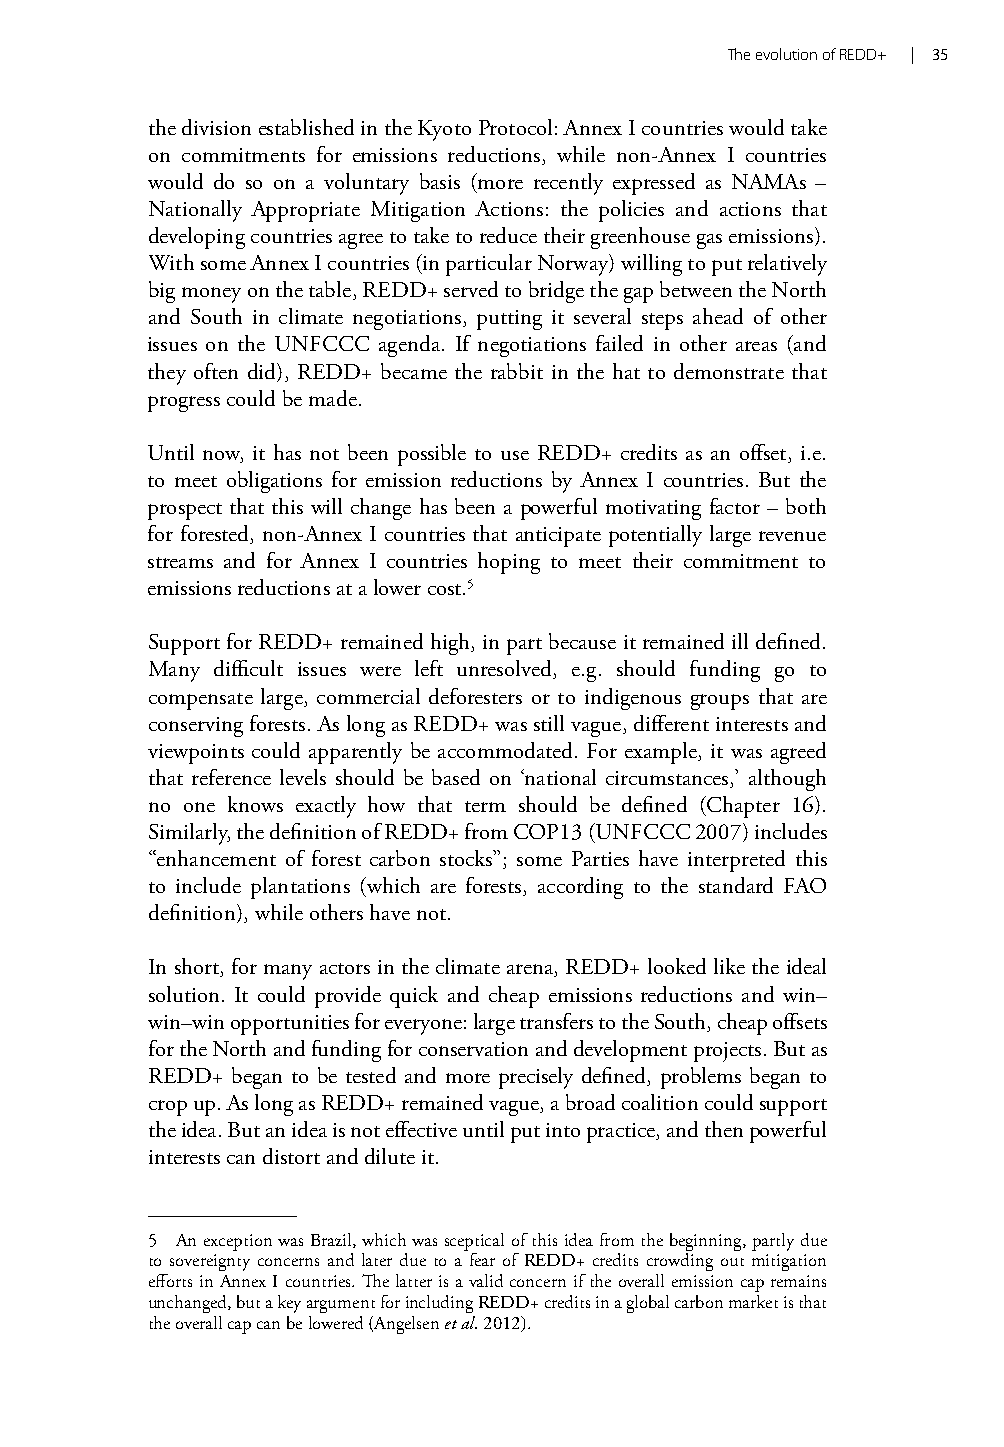
The evolution of REDD+ | 35
 the division established in the Kyoto Protocol: Annex I countries would take
 on commitments for emissions reductions, while non-Annex I countries
 would do so on a voluntary basis (more recently expressed as NAMAs –
 Nationally Appropriate Mitigation Actions: the policies and actions that
 developing countries agree to take to reduce their greenhouse gas emissions).
 With some Annex I countries (in particular Norway) willing to put relatively
 big money on the table, REDD+ served to bridge the gap between the North
 and South in climate negotiations, putting it several steps ahead of other
 issues on the UNFCCC agenda. If negotiations failed in other areas (and
 they often did), REDD+ became the rabbit in the hat to demonstrate that
 progress could be made.
 Until now, it has not been possible to use REDD+ credits as an offset, i.e.
 to meet obligations for emission reductions by Annex I countries. But the
 prospect that this will change has been a powerful motivating factor – both
 for forested, non-Annex I countries that anticipate potentially large revenue
 streams and for Annex I countries hoping to meet their commitment to
 emissions reductions at a lower cost.5
 Support for REDD+ remained high, in part because it remained ill defined.
 Many difficult issues were left unresolved, e.g. should funding go to
 compensate large, commercial deforesters or to indigenous groups that are
 conserving forests. As long as REDD+ was still vague, different interests and
 viewpoints could apparently be accommodated. For example, it was agreed
 that reference levels should be based on ‘national circumstances,’ although
 no one knows exactly how that term should be defined (Chapter 16).
 Similarly, the definition of REDD+ from COP13 (UNFCCC 2007) includes
 “enhancement of forest carbon stocks”; some Parties have interpreted this
 to include plantations (which are forests, according to the standard FAO
 definition), while others have not.
 In short, for many actors in the climate arena, REDD+ looked like the ideal
 solution. It could provide quick and cheap emissions reductions and win–
 win–win opportunities for everyone: large transfers to the South, cheap offsets
 for the North and funding for conservation and development projects. But as
 REDD+ began to be tested and more precisely defined, problems began to
 crop up. As long as REDD+ remained vague, a broad coalition could support
 the idea. But an idea is not effective until put into practice, and then powerful
 interests can distort and dilute it.
 5 An exception was Brazil, which was sceptical of this idea from the beginning, partly due
 to sovereignty concerns and later due to a fear of REDD+ credits crowding out mitigation
 efforts in Annex I countries. The latter is a valid concern if the overall emission cap remains
 unchanged, but a key argument for including REDD+ credits in a global carbon market is that
 the overall cap can be lowered (Angelsen et al. 2012).